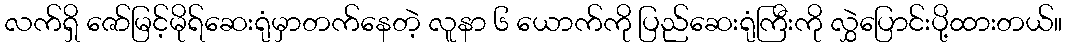
လက်ရှိ ဇော်မြင့်မိုရ်ဆေးရုံမှာတက်နေတဲ့ လူနာ ၆ ယောက်ကို ပြည်ဆေးရုံကြီးကို လွှဲပြောင်းပို့ထားတယ်။